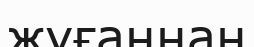
жуғаннан